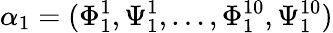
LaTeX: \alpha_{1}=(\Phi_{1}^{1},\Psi_{1}^{1},\dots,\Phi_{1}^{10},\Psi_{1}^{10})